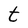
Character: t